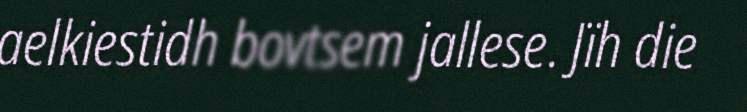
aelkiestidh bovtsem jallese. Jïh die